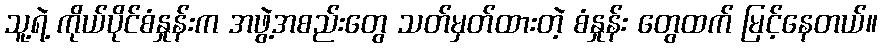
သူ့ရဲ့ ကိုယ်ပိုင်စံနှုန်းက အဖွဲ့အစည်းတွေ သတ်မှတ်ထားတဲ့ စံနှုန်း တွေထက် မြင့်နေတယ်။